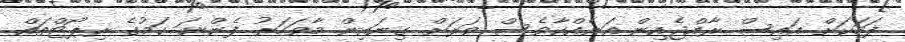
ފަހަކަށް އައިސް ރާއްޖެއިން އަނެއްކާވެސް ވަރަށް ގިނައިން މާވަހަރު ފެންނަ ކަމުގެ ރިޕޯޓްތައް